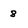
Character: 8